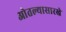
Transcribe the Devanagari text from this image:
ओतल्यासारखे